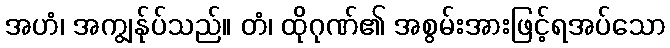
အဟံ၊ အကျွန်ုပ်သည်။ တံ၊ ထိုဂုဏ်၏ အစွမ်းအားဖြင့်ရအပ်သော